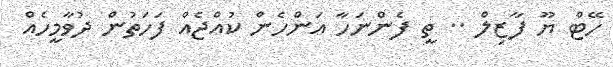
ހޭޓް ޔޫ ފާޒިލް .. ތީ ފެންނަހާ އަންހެން ކުއްޖެއް ފަހަތުން ދުވާމީހެއް